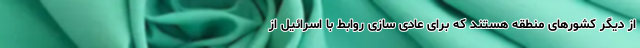
از دیگر کشورهای منطقه هستند که برای عادی سازی روابط با اسرائیل از